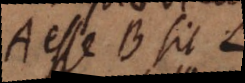
A esse B sit L,